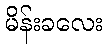
မိန်းခလေး